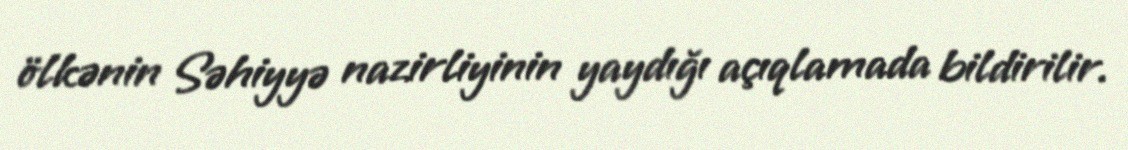
ölkənin Səhiyyə nazirliyinin yaydığı açıqlamada bildirilir.